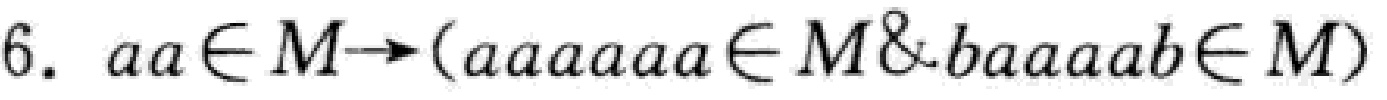
6. \(aa\in M\rightarrow(aaaaaaa\in M\&baaaab\in M)\)